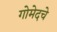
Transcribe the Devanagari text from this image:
गोमेदचे